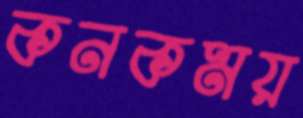
কনকময়